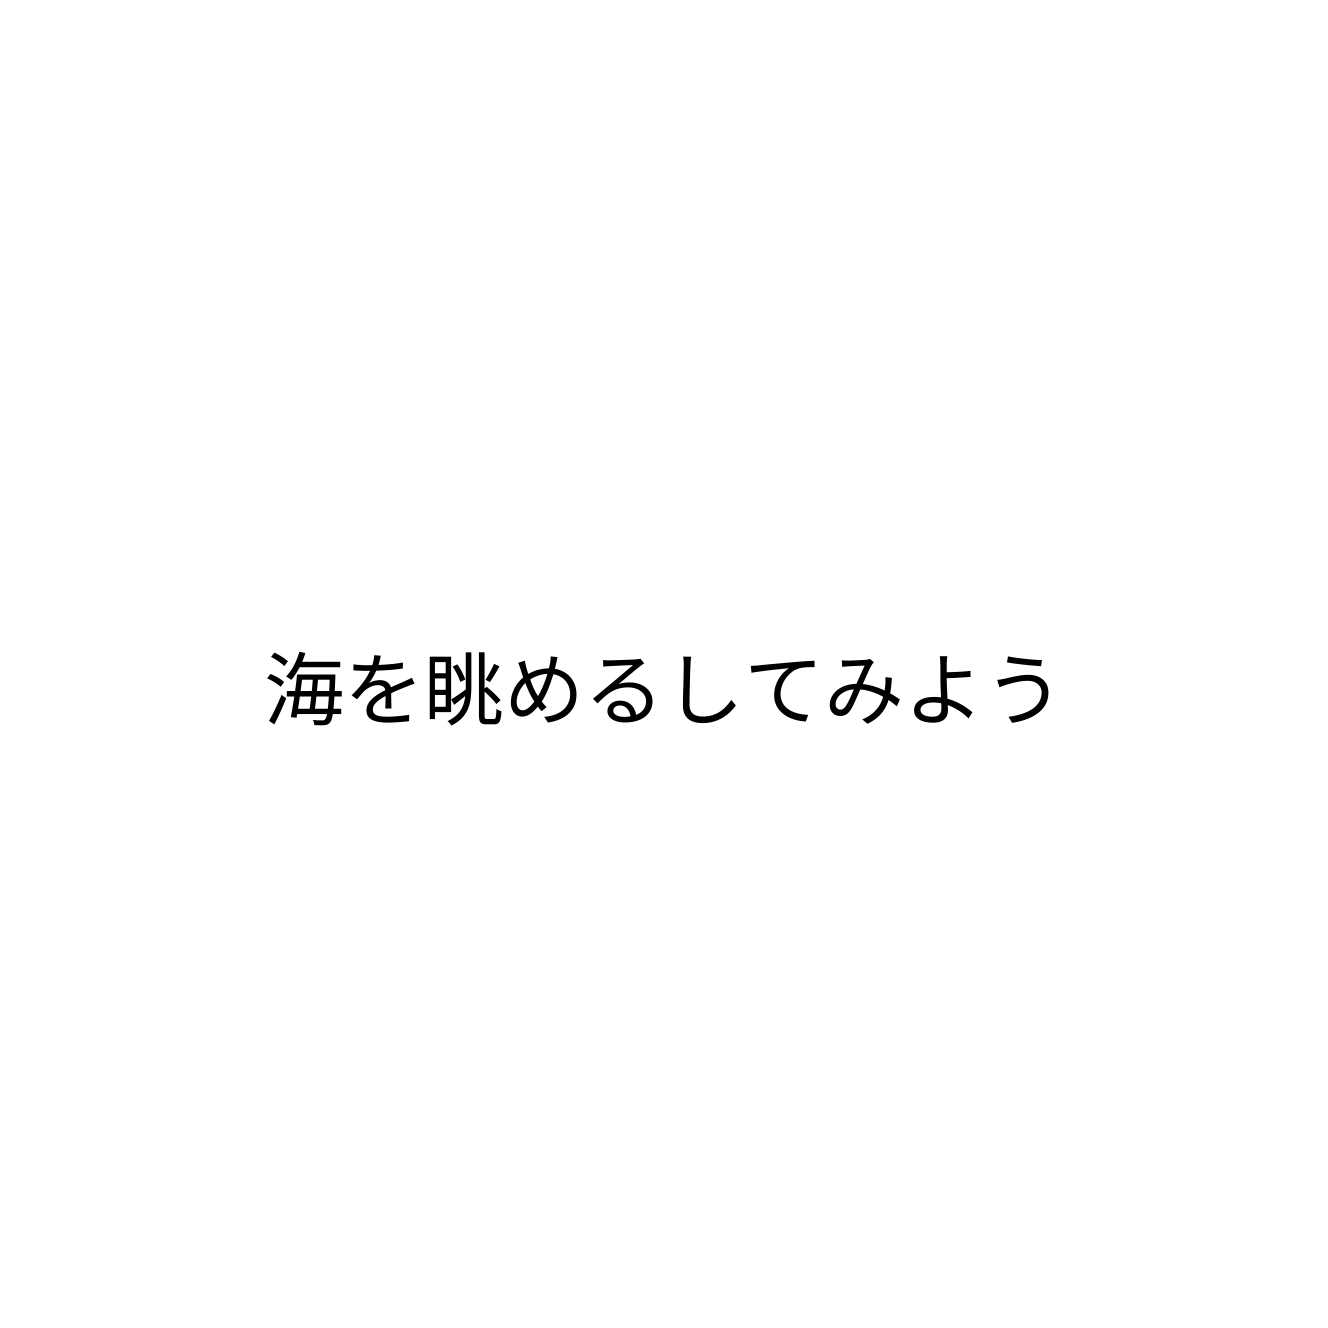
海を眺めるしてみよう